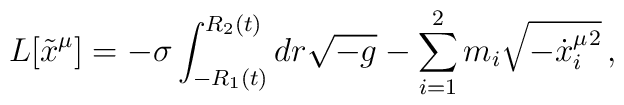
L[\tilde x^\mu] = -\sigma \int_{-R_1(t)}^{R_2(t)} dr \sqrt{-g}- \sum_{i=1}^2 m_i \sqrt{ - \hbox{$\dot x^\mu_i$}^2} \,,